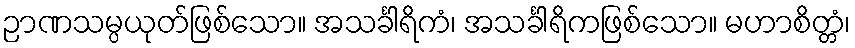
ဉာဏသမ္ပယုတ်ဖြစ်သော။ အသင်္ခါရိကံ၊ အသင်္ခါရိကဖြစ်သော။ မဟာစိတ္တံ၊